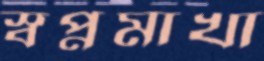
স্বপ্নমাখা